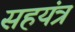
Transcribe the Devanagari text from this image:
सहयंत्र